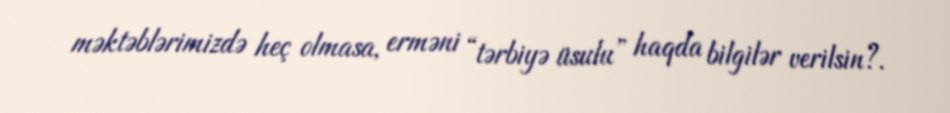
məktəblərimizdə heç olmasa, erməni “tərbiyə üsulu” haqda bilgilər verilsin?.